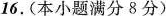
16.(本小题满分8分)